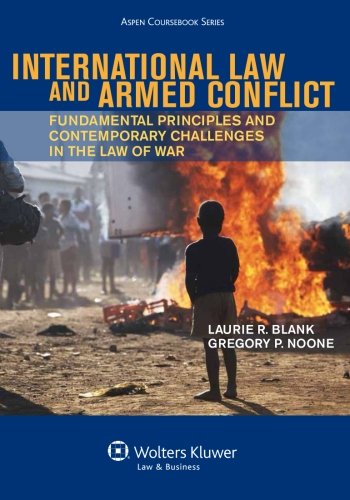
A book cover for International Law and Armed Conflict: Fundamental Principles and Contemporary Challenges in the Law of War (Aspen Coursebook); Laurie R. Blank; Law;